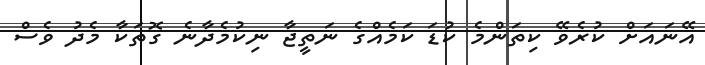
އޭނައަށް ކުރެވޭ ކިތަންމެ ކުޑަ ކަމެއްގެ ނަތީޖާ ނިކުމެދާނެ ގޮތަކާ މެދު ވެސް